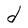
Character: d